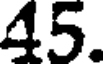
45.